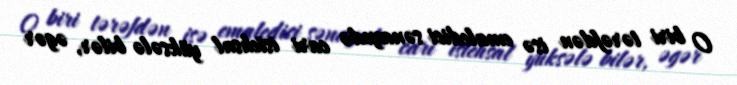
O biri tərəfdən isə emaledici sənayedə cari istehsal yüksələ bilər, əgər